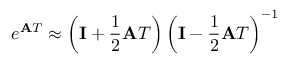
e ^ { \mathbf { A } T } \approx \left( \mathbf { I } + { \frac { 1 } { 2 } } \mathbf { A } T \right) \left( \mathbf { I } - { \frac { 1 } { 2 } } \mathbf { A } T \right) ^ { - 1 }